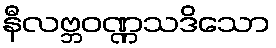
နီလဗ္ဘဝဏ္ဏသဒိသော